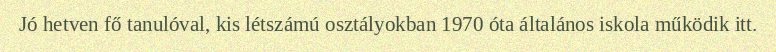
Jó hetven fő tanulóval, kis létszámú osztályokban 1970 óta általános iskola működik itt.